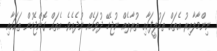
ނިންމާލާއިރު އެތައް ތަކުލީފަކާއި ތުރާލެއް ނުޖެހޭ ދުވަހެއް ނުދެއެވެ. އެތައް ގޮންޖެހުން ތަކަކާއި